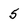
Character: 5